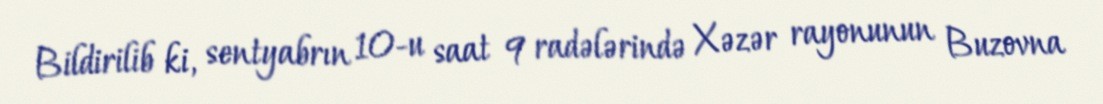
Bildirilib ki, sentyabrın 10-u saat 9 radələrində Xəzər rayonunun Buzovna